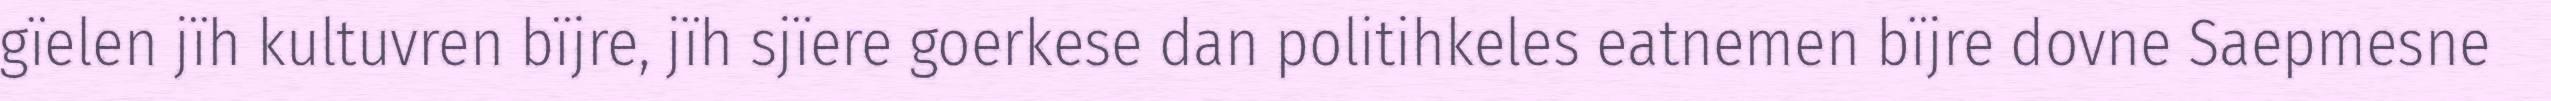
gïelen jïh kultuvren bïjre, jïh sjïere goerkese dan politihkeles eatnemen bïjre dovne Saepmesne